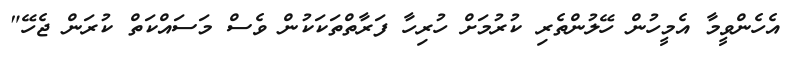
އެހެންވީމާ އެމީހުން ހޭލުންތެރި ކުރުމަށް ހުރިހާ ފަރާތްތަކަކުން ވެސް މަސައްކަތް ކުރަން ޖެހޭ"